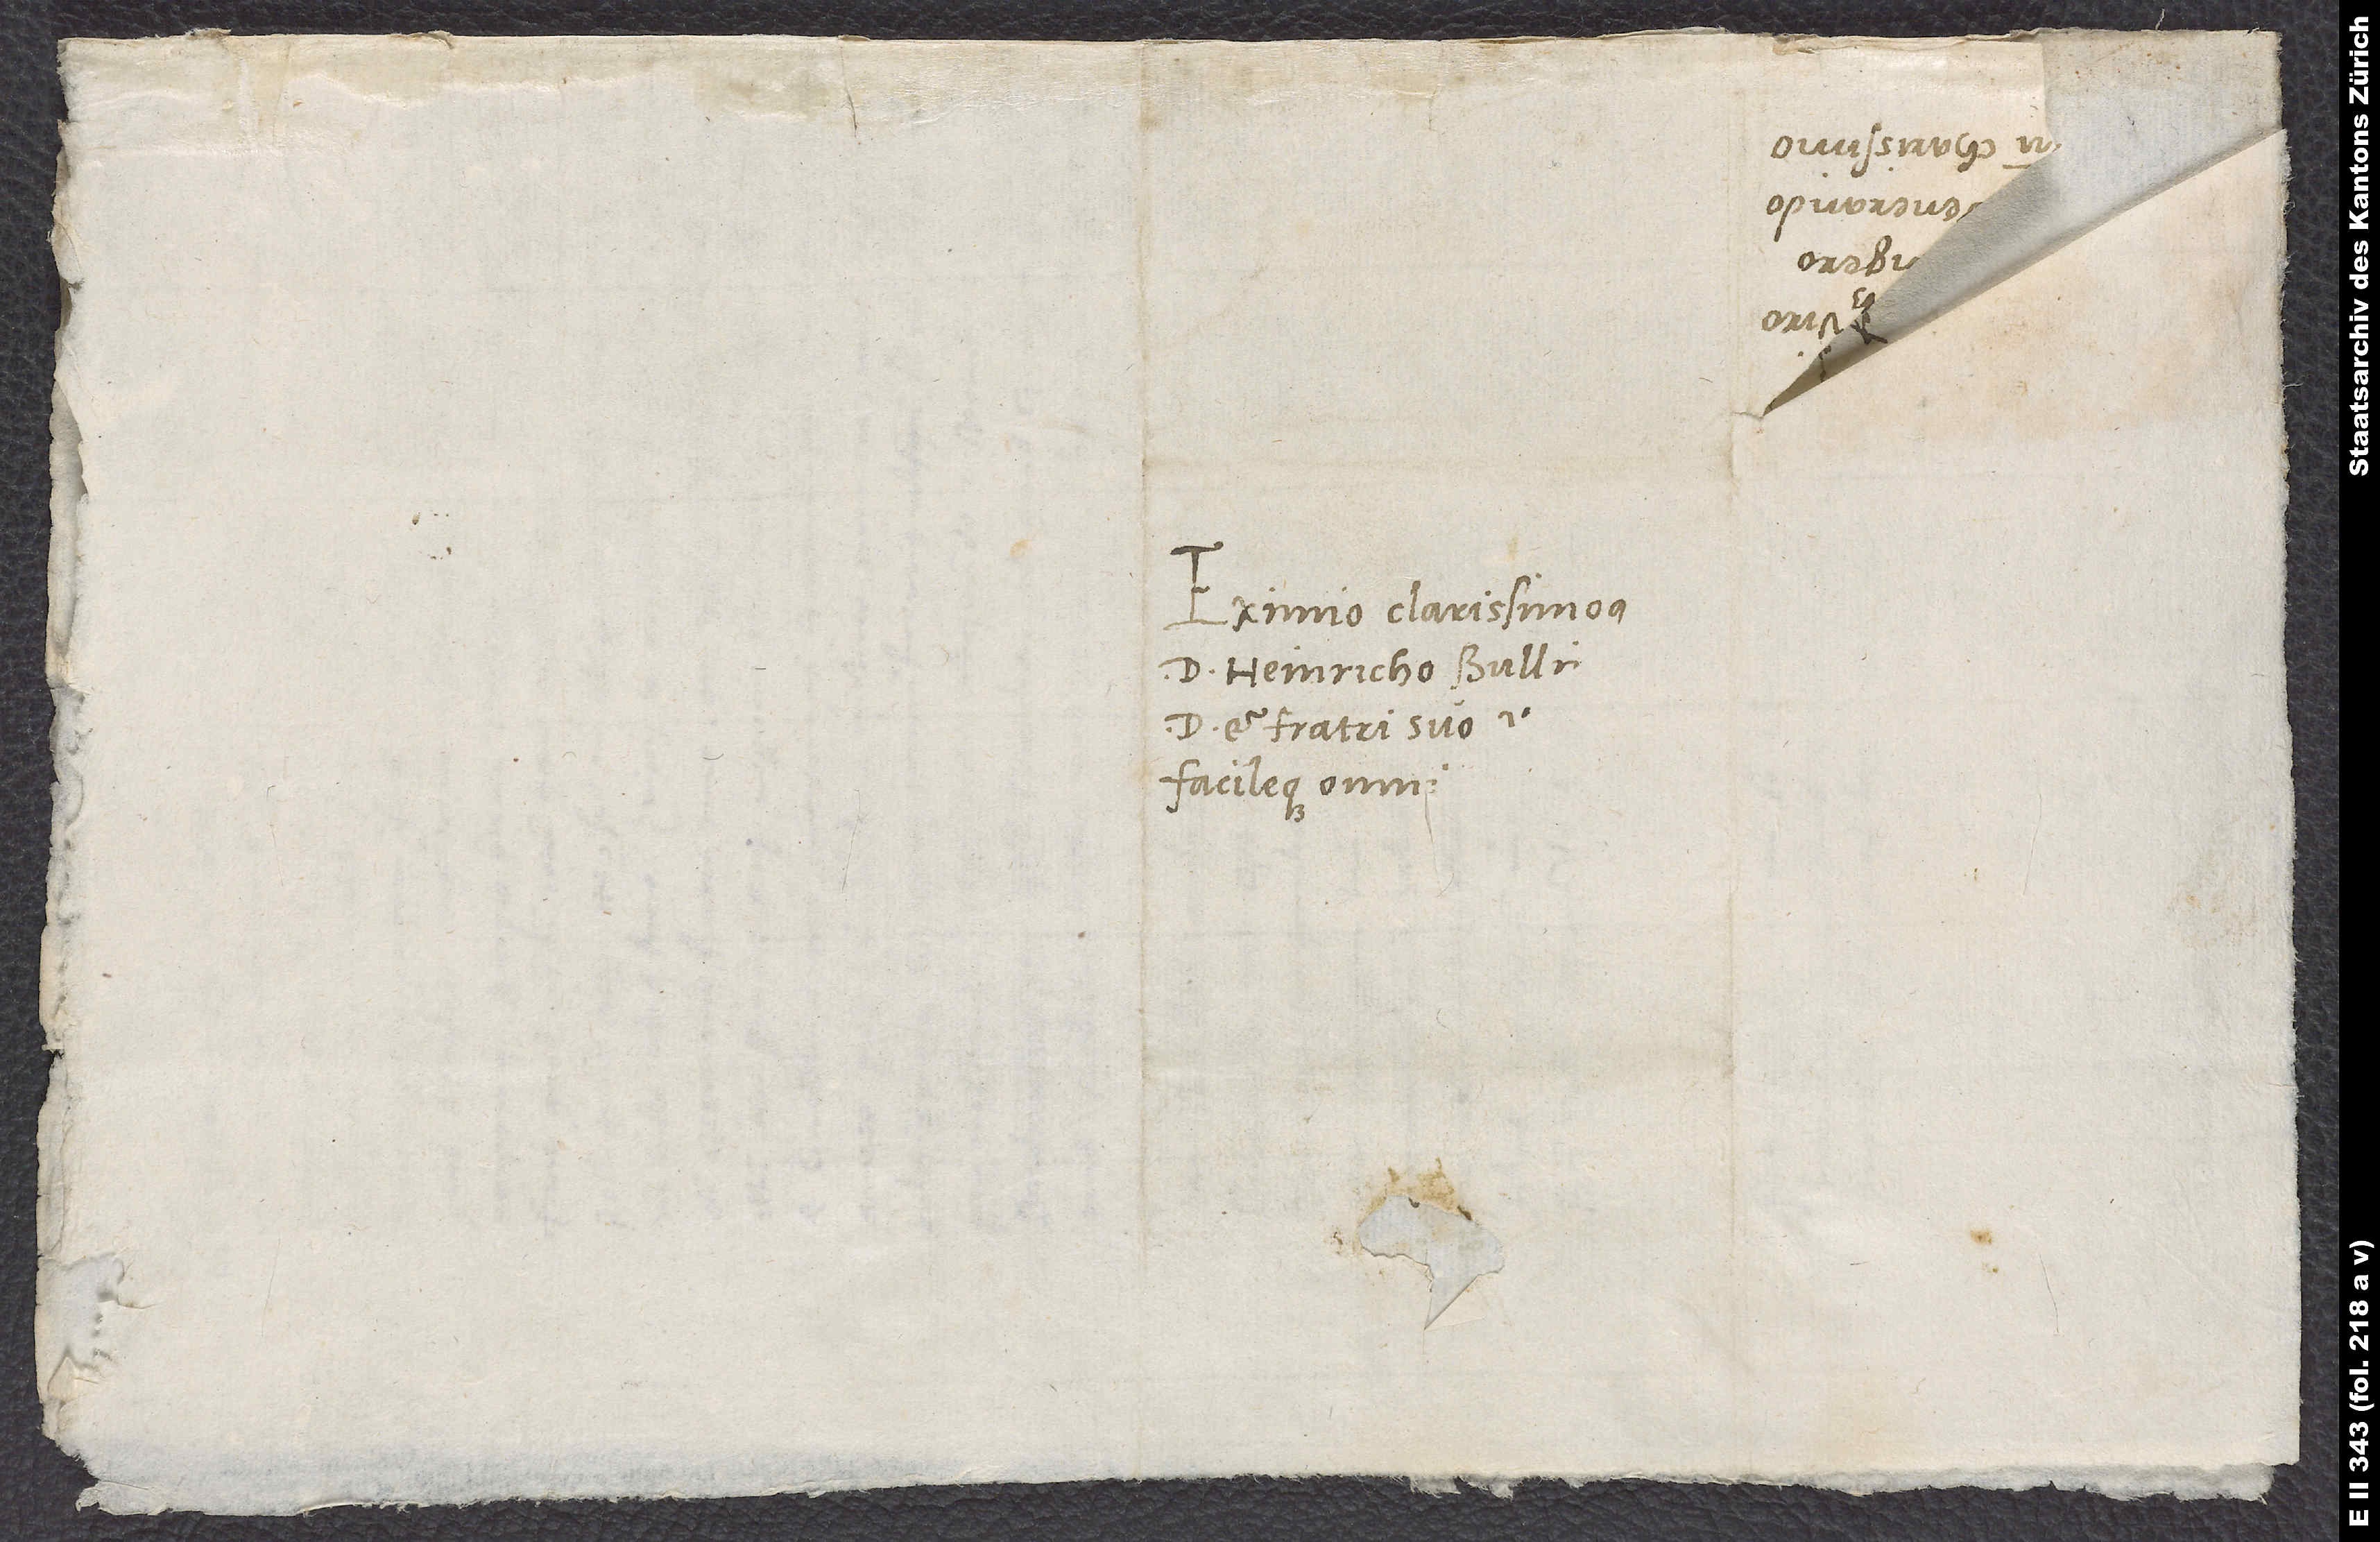
Eximio clarissimoque
d. Heinricho Bullingero,
domino et fratri suo
facileque omnium